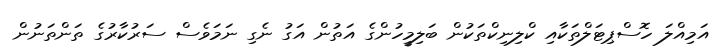
އަމިއްލަ ހޮސްޕިޓަލްތަކާއި ކްލިނިކްތަކުން ބަލިމީހުންގެ އަތުން އަގު ނެގި ނަމަވެސް ސަރުކާރުގެ ތަންތަނުން